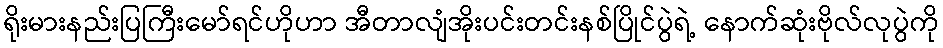
ရိုးမားနည်းပြကြီးမော်ရင်ဟိုဟာ အီတာလျံအိုးပင်းတင်းနစ်ပြိုင်ပွဲရဲ့ နောက်ဆုံးဗိုလ်လုပွဲကို